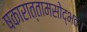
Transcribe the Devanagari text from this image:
षकारात्तामसोद्भवः।